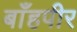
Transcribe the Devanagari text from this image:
बाँहपीर